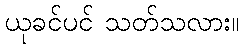
ယုခင်ပင် သတ်သလား။